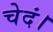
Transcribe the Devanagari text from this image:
चेदं।